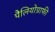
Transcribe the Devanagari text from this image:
पैलियोग्राफी